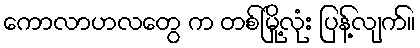
ကောလာဟလတွေ က တစ်မြို့လုံး ပြန့်လျက်။